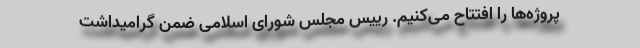
پروژه‌ها را افتتاح می‌کنیم. رییس مجلس شورای اسلامی ضمن گرامیداشت